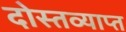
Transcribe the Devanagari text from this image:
दोस्तव्याप्त